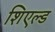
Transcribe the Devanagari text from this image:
शिएल्ड